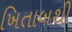
ખિતાબથી